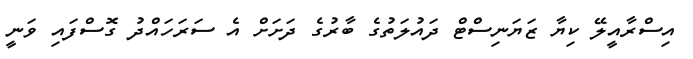
އިސްރާއީލޭ ކިޔާ ޒަޔަނިސްޓް ދައުލަތުގެ ބާރުގެ ދަށަށް އެ ސަރަހައްދު ގޮސްފައި ވަނީ